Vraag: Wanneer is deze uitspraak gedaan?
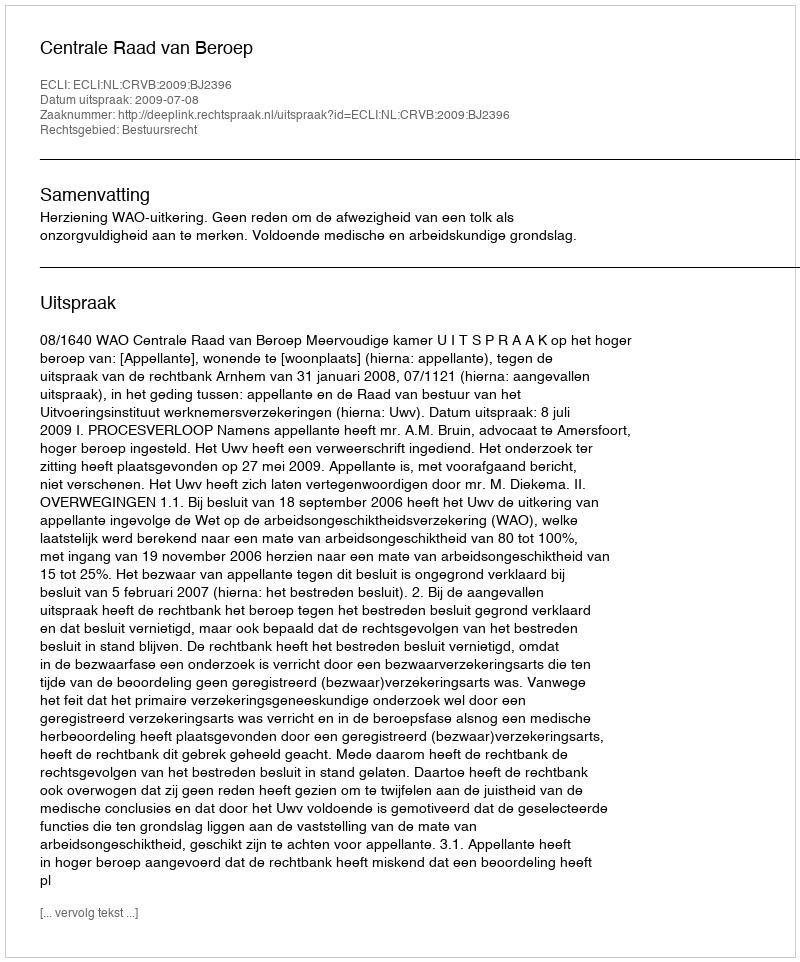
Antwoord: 2009-07-08